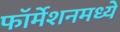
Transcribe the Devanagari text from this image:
फॉर्मेशनमध्ये